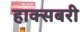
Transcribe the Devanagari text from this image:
हाक्सबरी